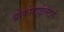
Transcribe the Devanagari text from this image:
ब्रोंकोडाईलेटर्स